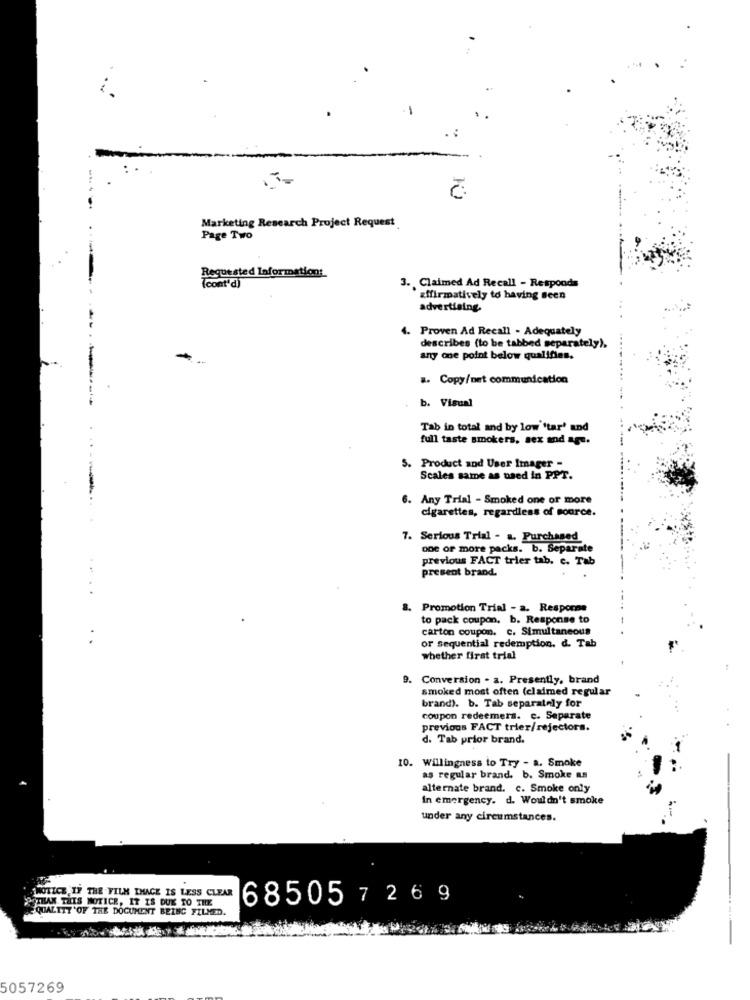
Marketing Research Project Request
Page Two
Requested Information:
(cont'd)
3. Claimed Ad Recall - Responds
affirmatively to having seen
advertising.
4. Proven Ad Recall - Adequately
describes (to be tabbed separately).
any one point below qualifies.
.. Copy/net communication
b. Visual
Tab in total and by low 'tar' and
full taste smokers, sex and age.
5. Product and User Imager -
Scales same as used in PPT.
6. Any Trial - Smoked one or more
cigarettes, regardless of source.
7. Serious Trial - a. Purchased
one or more packs. b. Separate
previous FACT trier tab. c. Tab
present brand.
Promotion Trial - a. Resporos
to pack coupon. b. Response to
carton coupon. c. Simultaneous
or sequential redemption. d. Tab
whether first trial
9. Conversion . a. Presently, brand
smoked most often (claimed regular
brand). b. Tab separately for
coupon redeemers. c. Separate
previous FACT trier/rejectors.
d. Tab prior brand.
10. Willingness to Try - a. Smoke
as regular brand. b. Smoke as
alternate brand. c. Smoke only
in emergency. d. Wouldn't smoke
under any circumstances.
WOTICE IF THE FILM IMAGE IS LESS CLEAR
POTHAN THIS NOTICE, IT IS DUK TO THE
68505 7 2 6 9
QUALITY 'OF THE DOCUMENT BEING FILMED.
5057269